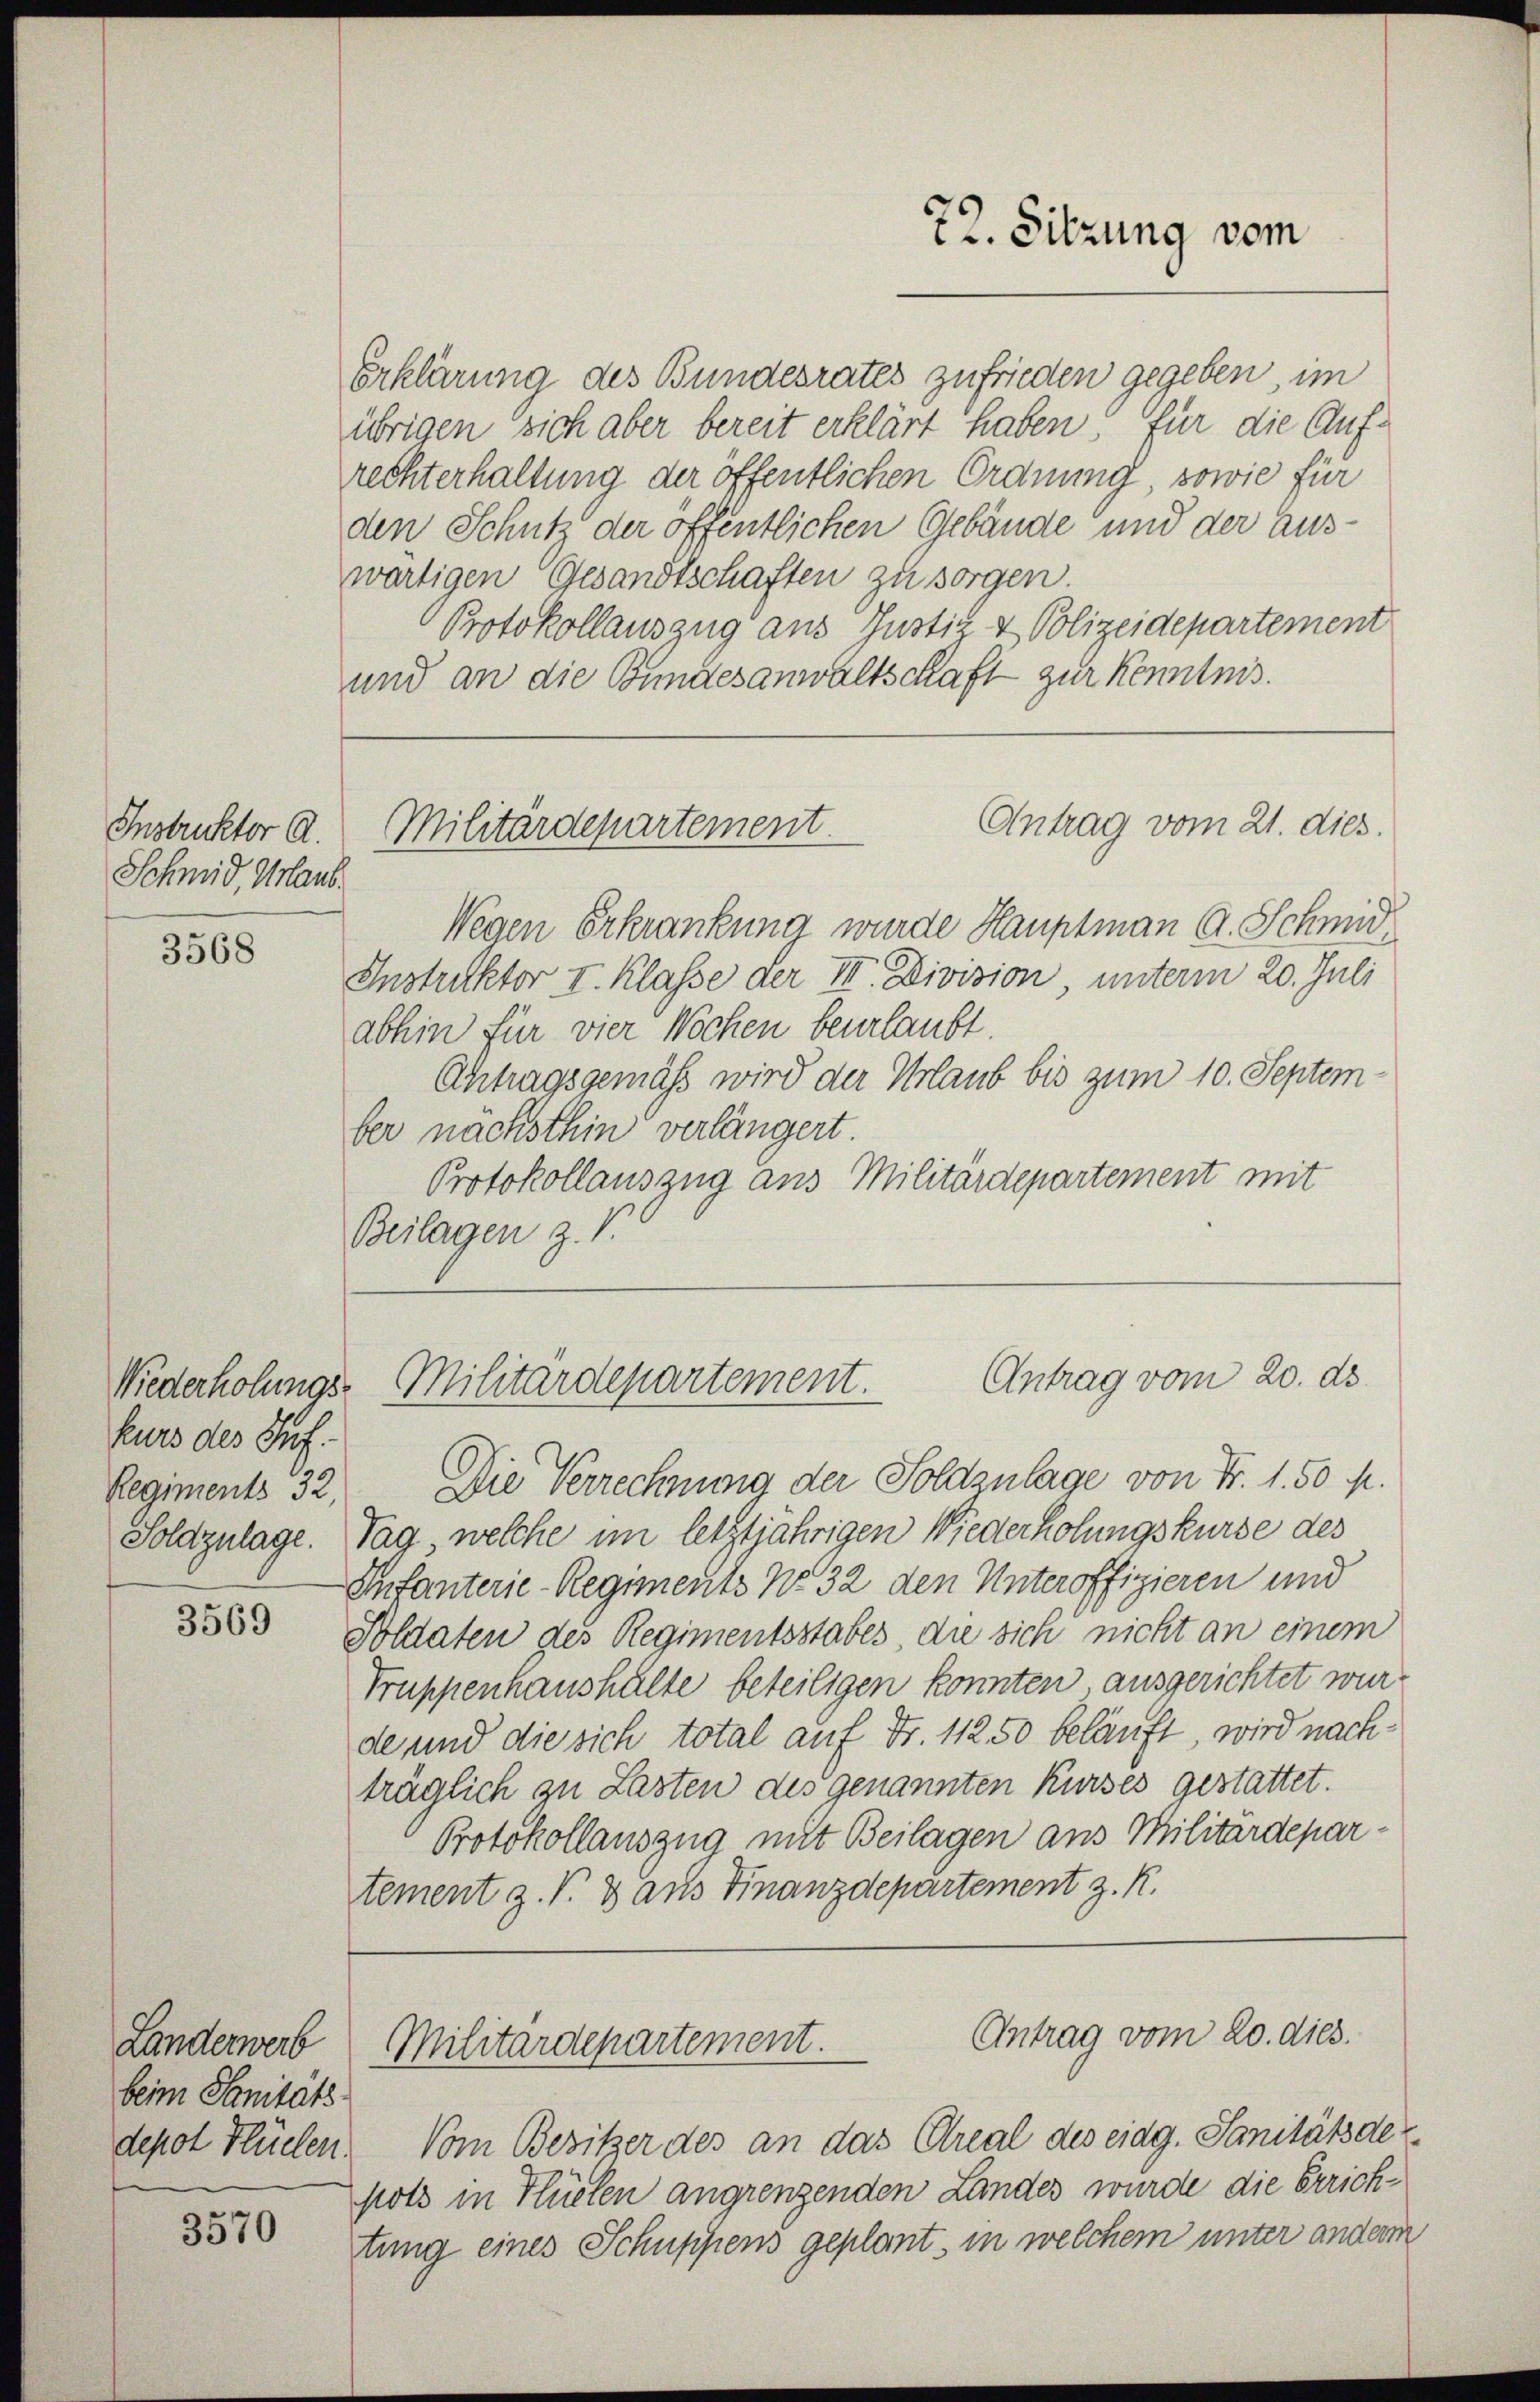
Instruktor A.
Schmid, Urlaub.

3568

Niederholungs-
kurs des Suf.
Regiments 32,

3569

Landerwerb
beim Sanitäts
depot Flüchen.

3570

Erklärung des Bundesrates zufrieden gegeben im
übrigen sich aber bereit erklärt haben für die Aufrechterhaltung der öffentlichen Ordnung, sowie für
den Schutz der öffentlichen Gebäude und der auswärtigen Gesandtschaften zu sorgen.
Protokollauszug aus Justiz & Polizeidepartement
und an die Bundesanwaltschaft zur Kenntnis.

Wegen Erkrankung wurde Hauptmann A. Schmid
Instruktor I. Klasse der III. Division unterm 20. Juli
abhin für vier Wochen beurlaubt.
Ahtragsgemäss wird der Urlaub bis zum 10. Septem
ber nachsthin verlängert
Protokollauszug aus Militärdepartement mit
Beilagen z. V.

Militärdepartement.

72. Sitzung vom

Antrag vom 21. dies.

Antrag vom 20. ds.
Militärdepartement.

Die Verrechnung der Soldzulage von Fr. 1.50 M.
Soldzulage. Tag welche im letztjährigen Wiederholungskurse des
Infanterie-Regiments No 32 den Unteroffizieren und
Soldaten des Regimentsstabes, die sich nicht an einem
Truppenhaushälte beteiligen konnten ausgerichtet wurde und die sich total auf Fr. 11250 beläuft, wird nachträglich zu Lasten des genannten Kurses gestattet.
Protokollauszug mit Beilagen aus Militärdepartement z. V. 3 aus Finanzdepartement z. R.

Antrag vom 20. dies.
Militärdepartement.

Vom Besitzer des an das Areal des eidg. Sanitätsde
pots in Flüelen angrenzenden Landes wurde die Errichtung eines Schuppens geplant, in welchem unter anderm